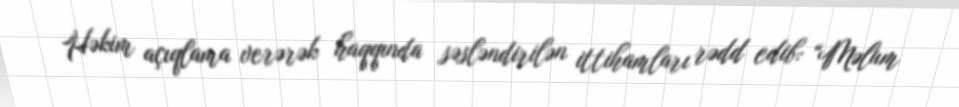
Həkim açıqlama verərək haqqında səsləndirilən ittihamları rədd edib: “Məlum